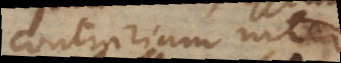
contrariam inter